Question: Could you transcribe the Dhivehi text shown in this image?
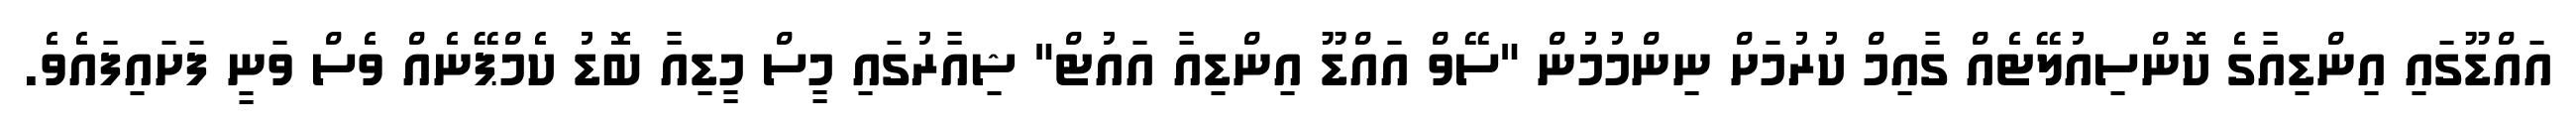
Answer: އައްޑޫގައި އިންޑިއާގެ ކޮންސިއުލޭޓެއް ގާއިމް ކުރުމަށް ނިންމުމުން "ސޭވް އައްޑޫ އިންޑިއާ އައުޓް" ޝިއާރުގައި މީސް މީޑިއާ ބޮޑު ކެމްޕޭނެއް ވެސް ވަނީ ފަށައިފައެވެ.